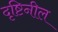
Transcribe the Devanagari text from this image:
दृष्टिनील